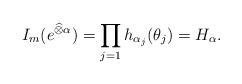
LaTeX: \begin{align*} I_m(e^{\widehat{\otimes}\alpha}) = \prod_{j=1}h_{\alpha_j}(\theta_j)=H_{\alpha}.\end{align*}